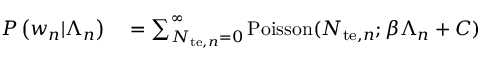
\begin{array} { r l } { P \left( w _ { n } | \Lambda _ { n } \right) } & { { } = \sum _ { N _ { \mathrm { t e } , n } = 0 } ^ { \infty } \mathrm { P o i s s o n } ( N _ { \mathrm { t e } , n } ; \beta \Lambda _ { n } + C ) } \end{array}